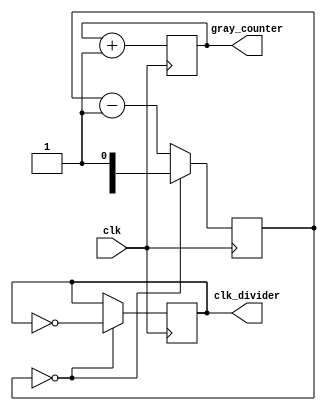
module timing_control_sync(
    input wire clk,
    output reg [3:0] gray_counter,
    output reg clk_divider
);

reg [3:0] gray_counter_reg;
reg [2:0] divider_reg;
reg [2:0] divider_cnt;

always @(posedge clk) begin
    // Gray counter
    gray_counter_reg <= gray_counter_reg + 1;

    // Clock divider
    if(divider_cnt == 0) begin
        divider_cnt <= divider_reg;
        clk_divider <= ~clk_divider;
    end else begin
        divider_cnt <= divider_cnt - 1;
    end
end

assign gray_counter = gray_counter_reg;
endmodule